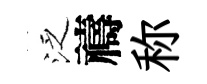
泛禱称